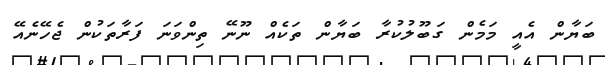
ބަޔާން އެއީ މަމެން ގަބޫލުކުރާ ބަޔާން ތަކެއް ނޫނޭ ތިންވަނަ ފަރާތަކުން ޖެހޭނެއޭ